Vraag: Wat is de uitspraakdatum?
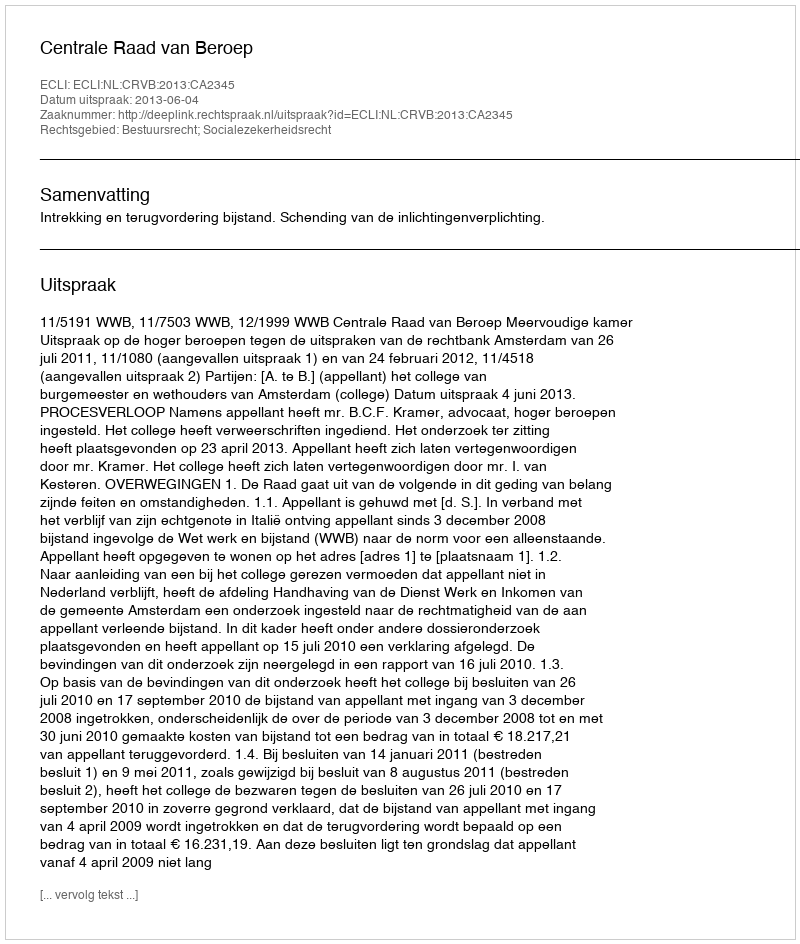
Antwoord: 2013-06-04